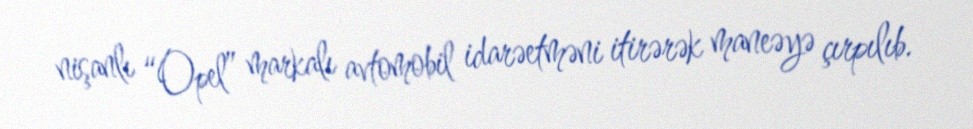
nişanlı “Opel” markalı avtomobil idarəetməni itirərək maneəyə çırpılıb.